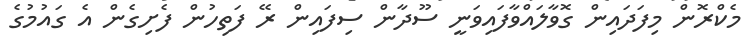
މެކްރޮން މިފަދައިން ގޮވާލައްވާފައިވަނީ ސޫދާން ސިފައިން ރޭ ފަތިހުން ފެށިގެން އެ ގައުމުގެ